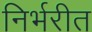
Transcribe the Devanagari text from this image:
निर्भरीत